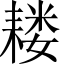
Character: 耧